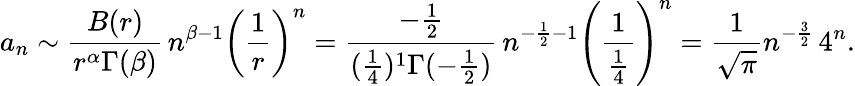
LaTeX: a_{n}\sim{\frac{B(r)}{r^{\alpha}\Gamma(\beta)}}\, n^{\beta-1}\left({\frac{1}{r}}\right)^{n}={\frac{-{\frac{1}{2}}}{({\frac{1}{4}})^{1}\Gamma(-{\frac{1}{2}})}}\, n^{-{\frac{1}{2}}-1}\left({\frac{1}{\frac{1}{4}}}\right)^{n}={\frac{1}{\sqrt{\pi}}}n^{-{\frac{3}{2}}}\, 4^{n}.